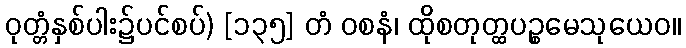
ဝုတ္တံနှစ်ပါး၌ပင်စပ်) [၁၃၅] တံ ဝစနံ၊ ထိုစတုတ္ထပဉ္စမေသုယေဝ။